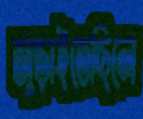
জুড়াইতেছিলে